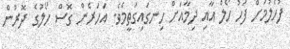
ފުހެލުމަށް ފަހު ހޯލް އާއި ދިމާއަށް ހިނގައިގަތީމެވެ. އަހަރެން ގޮސް ހޯލުގެ ދޮރުން